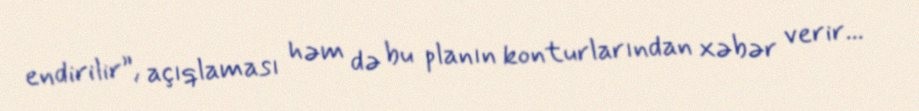
endirilir”, açıqlaması həm də bu planın konturlarından xəbər verir...